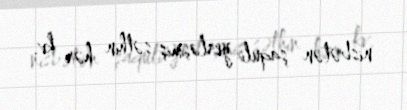
nisbətən şaquli yerləşmiş səthin hər kv.